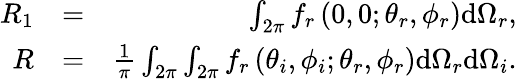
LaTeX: \begin{array}{rlr}{R_{1}}&{=}&{\int_{2\pi}f_{r}\left(0,0;\theta_{r},\phi_{r}\right)\mathrm{d}\Omega_{r},}\\ {R}&{=}&{\frac{1}{\pi}\int_{2\pi}\int_{2\pi}f_{r}\left(\theta_{i},\phi_{i};\theta_{r},\phi_{r}\right)\mathrm{d}\Omega_{r}\mathrm{d}\Omega_{i}.}\end{array}